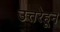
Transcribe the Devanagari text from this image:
उत्तरेहून